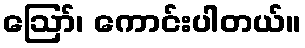
ဪ၊ ကောင်းပါတယ်။